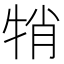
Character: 𤙜